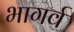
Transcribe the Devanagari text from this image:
भागर्व